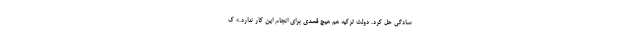
سادگی حل کرد. دولت ترکیه هم هیچ قصدی برای انجام این کار ندارد.» ک